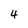
Character: 4